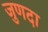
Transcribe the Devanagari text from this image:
जुणदा